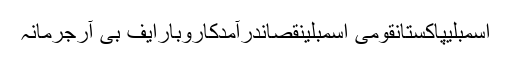
اسمبلیپاکستانقومی اسمبلینقصاندرآمدکاروبارایف بی آرجرمانہ